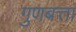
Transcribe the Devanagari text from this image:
गुणबत्ता